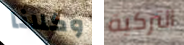
وكلانا التركية